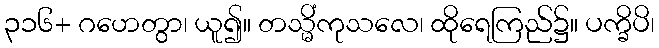
၃၁၆+ ဂဟေတွာ၊ ယူ၍။ တသ္မိံကုသလေ၊ ထိုရေကြည်၌။ ပက္ခိပိ၊